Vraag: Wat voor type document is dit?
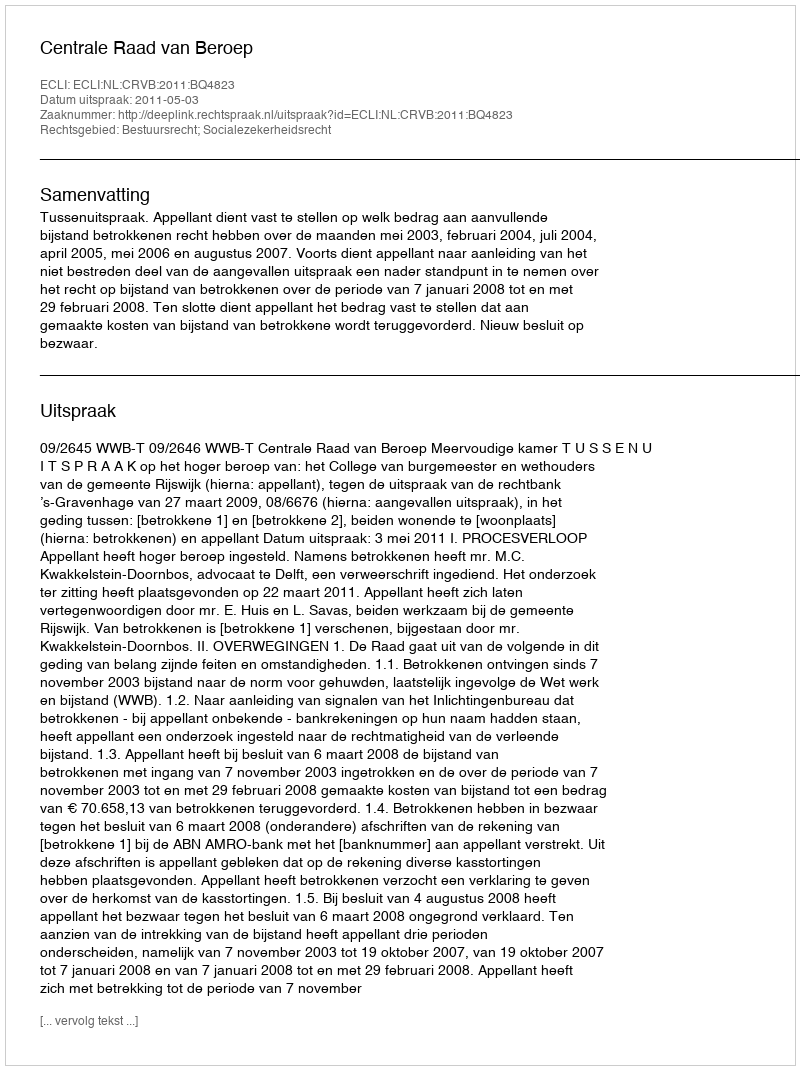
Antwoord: Uitspraak